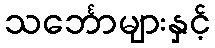
သင်္ဘောများနှင့်